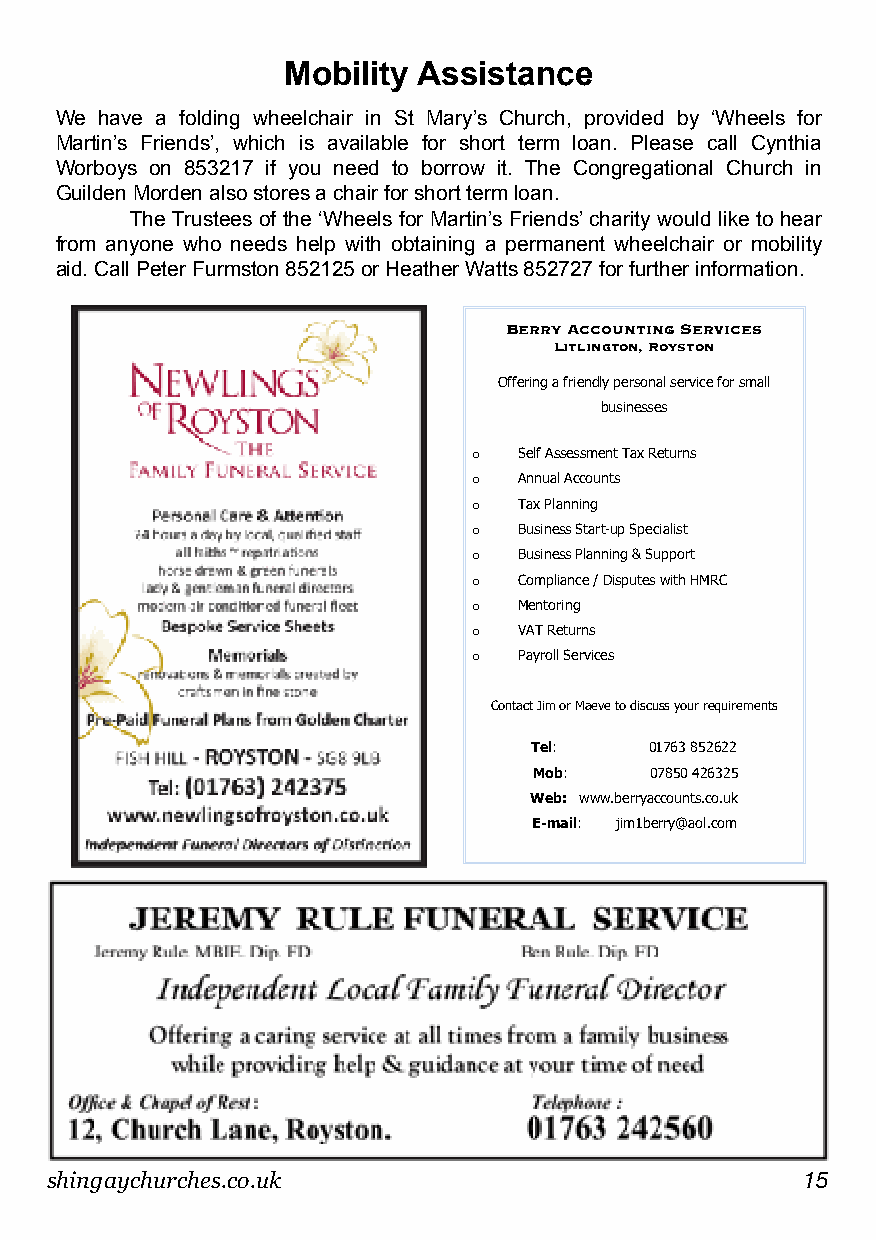
Mobility Assistance
 We have a folding wheelchair in St Mary’s Church, provided by ‘Wheels for
 Martin’s Friends’, which is available for short term loan. Please call Cynthia
 Worboys on 853217 if you need to borrow it. The Congregational Church in
 Guilden Morden also stores a chair for short term loan.
 The Trustees of the ‘Wheels for Martin’s Friends’ charity would like to hear
 from anyone who needs help with obtaining a permanent wheelchair or mobility
 aid. Call Peter Furmston 852125 or Heather Watts 852727 for further information.
 Berry Accounting Services
 Litlington, Royston
 Offering a friendly personal service for small
 businesses
 o  Self Assessment Tax Returns
 o  Annual Accounts
 o  Tax Planning
 o  Business Start-up Specialist
 o  Business Planning & Support
 o  Compliance / Disputes with HMRC
 o  Mentoring
 o  VAT Returns
 o  Payroll Services
 Contact Jim or Maeve to discuss your requirements
 Tel:    01763 852622
 Mob:    07850 426325
 Web: www.berryaccounts.co.uk
 E-mail: jim1berry@aol.com
 shingaychurches.co.uk                             15